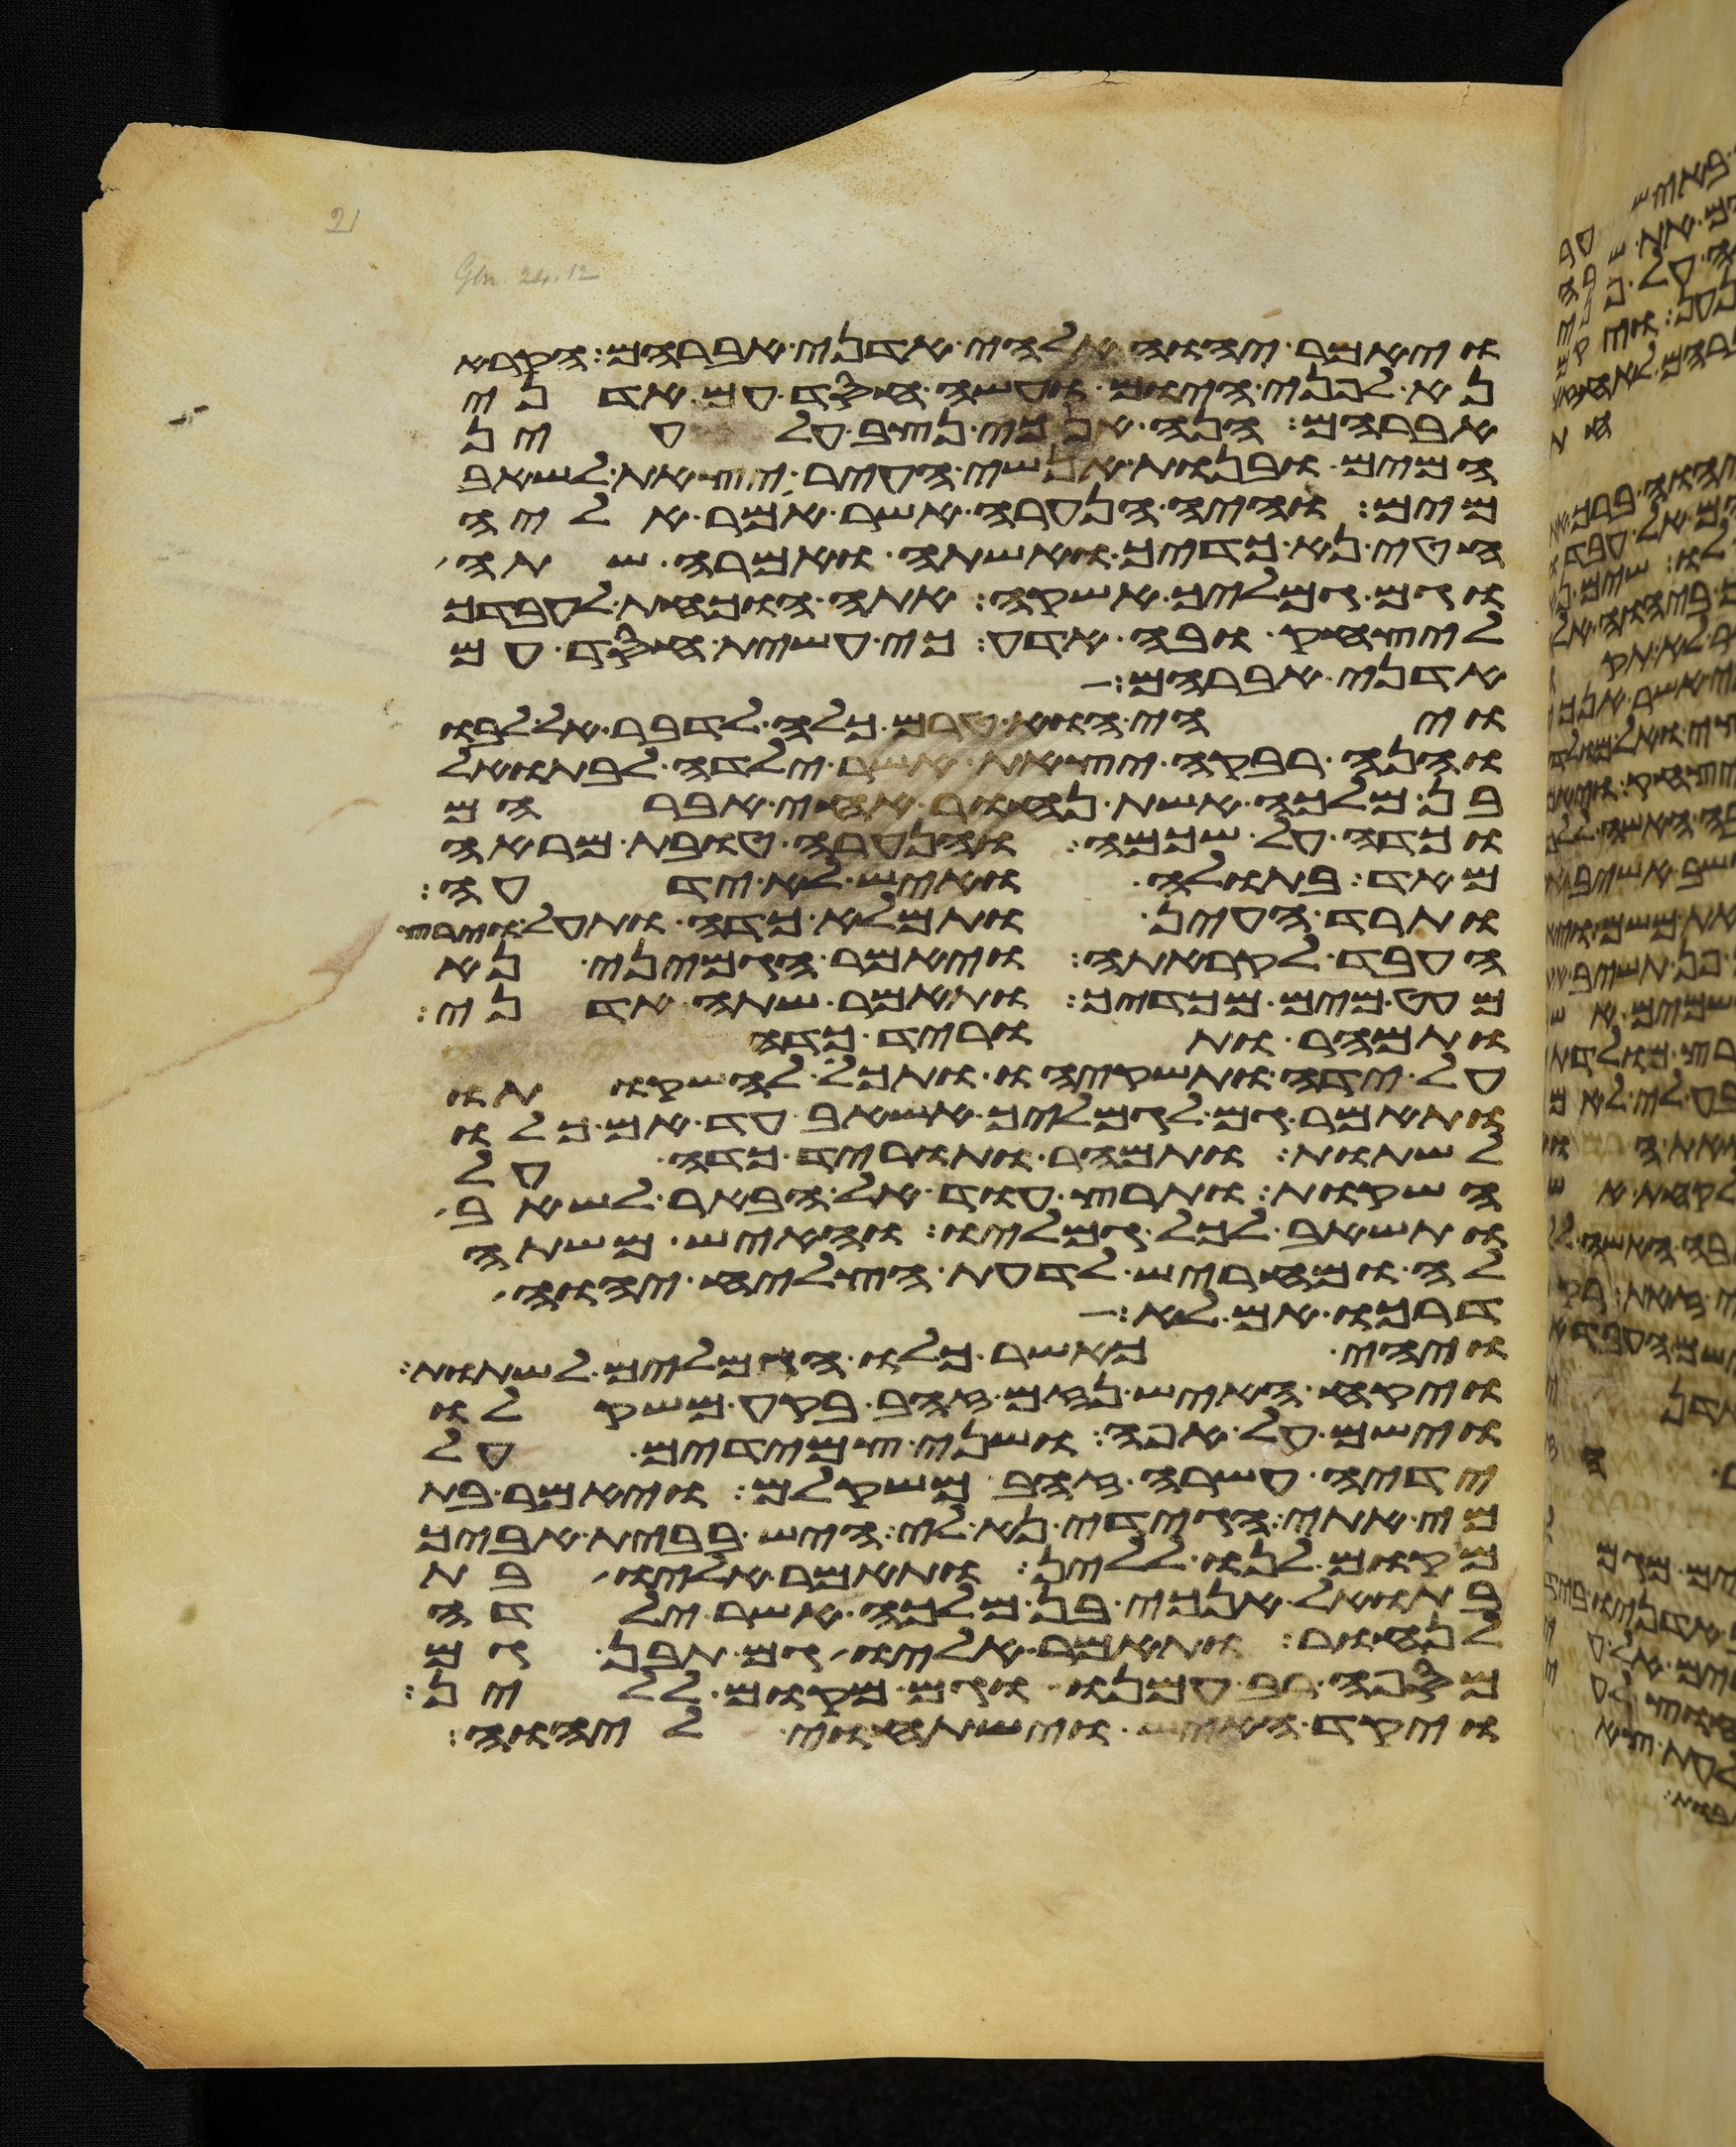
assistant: ויאמר יהוה אלהי אדני אברהם הקרא
נא לפני היום ועשה חסד עם אדני
אברהם הנה אנכי נצב על עין
המים ובנות אנשי העיר יצאת לשאב
מים והיה הנערה אשר אמר אליה
הטני כדך ואשתה ואמרה שתה
וגם גמליך אשקה אתה הוכחת לעבדך
ליצחק ובה אדע כי עשית חסד עם
אדני אברהם
ויהי הוא טרם כלה לדבר אל לבו
והנה רבקה יצאת אשר ילדה לבתואל
בן מלכה אשת נחור אחי אברהם
וכדה על שכמה והנערה טובת מראה
מאד בתולה ואיש לא ידעה
ותרד העין ותמלא כדה ותעל וירץ
העבד לקראתה ויאמר הגמיני נא
מעט מים מכדך ותאמר שתה אדני
ותמהר ותורד כדה
על ידה ותשקהו ותכל להשקותו
ותאמר גם לגמליך אשאב עד אם כלו
לשתות ותמהר ותורד כדה על
השקות ותרץ עוד אל הבאר לשאב
ותשאב לכל גמליו והאיש משתה
לה ומחריש לדעת הצליח יהוה
דרכו אם לא
ויהי כאשר כלו הגמלים לשתות
ויקח האיש נזם זהב בקע משקלו
וישם על אפה ושני צמידים על
ידיה עשרה זהב משקלם ויאמר בת
מי אתי הגידי נא לי היש בבית אביך
מקום לנו ללין ותאמר אליו בת
בתואל אנכי בן מלכה אשר ילדה
לנחור ותאמר אליו גם תבן גם
מספה רב עמנו וגם מקום ללין
ויקד האיש וישתחוי ליהוה